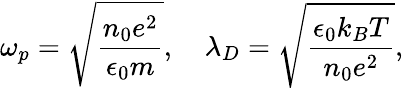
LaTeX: \omega_{p}=\sqrt{\frac{n_{0}e^{2}}{\epsilon_{0}m}},\ \ \ \ \lambda_{D}=\sqrt{\frac{\epsilon_{0}k_{B}T}{n_{0}e^{2}}},